Distribution and causation of leprosy in British India
Year: 1875
Disease focus: Leprosy
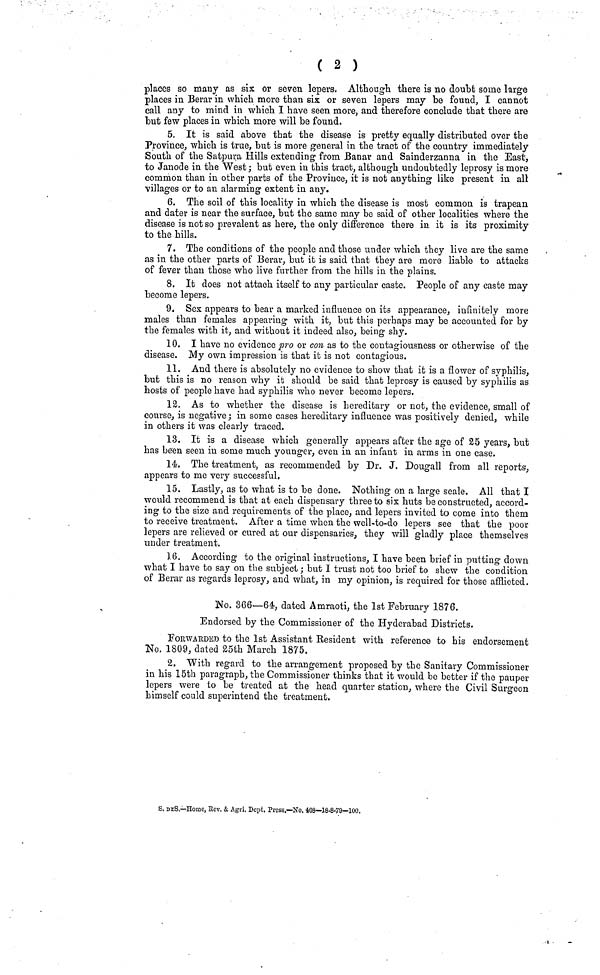
( 2 )
places so many as six or seven lepers. Although, there is no doubt some large
places in Berar in which more than six or seven lepers may be found, I cannot
call any to mind in which I have seen more, and therefore conclude that there are
but few places in which more will be found.
5. It is said above that the disease is pretty equally distributed over the
Province, "which is true, but is more general in the tract of the country immediately
Souta of the Satpura Hills extending from Banar and Sainderzanna in the East,
to Janode in the West; but even in this tract, although undoubtedly leprosy is more
common than in other parts of the Province, it is not anything like present in all
villages or to an alarming extent in any.
6. The soil of this locality in which the disease is most common is trapean
and dater is near the surface, but the same may be said of other localities where the
disease is not so prevalent as here, the only difference there in it is its proximity
to the hills.
7. The conditions of the people and those under which they live are the same
as in the other parts of Berar, but it is said that they are more liable to attacks
of fever than those who live further from the hills in the plains.
8. It does not attach itself to any particular caste. People of any caste may
become lepers.
9. Sex appears to bear a marked influence on its appearance, infinitely more
males than females appearing with it, but this perhaps may be accounted for by
the females with it, and without it indeed also, being shy.
10. I have no evidence pro or con as to the contagiousness or otherwise of the
disease. My own impression is that it is not contagious.
11. And there is absolutely no evidence to show that it is a flower of syphilis,
but this is no reason why it should be said that leprosy is caused by syphilis as
hosts of people have had syphilis who never become lepers.
12. As to whether the disease is hereditary or not, the evidence, small of
course, is negative ; in some cases hereditary influence was positively denied, while
in others it was clearly traced.
13. It is a disease which generally appears after the age of 25 years, but
has been seen in some much younger, even in an infant in arms in one case.
14. The treatment, as recommended by Dr. J. Dougall from all reports,
appears to me very successful,
15. Lastly, as to what is to be done. Nothing on a large scale. All that I
would recommend is that at each dispensary three to six huts be constructed, accord-
ing to the size and requirements of the place, and lepers invited to come into them
to receive treatment. After a time when the well-to-do lepers see that the poor
lepers are relieved or cured at our dispensaries, they will gladly place themselves
under treatment.
36. According to the original instructions, I have been brief in putting down
what I have to say on the subject ; but I trust not too brief to shew the condition
of Berar as regards leprosy, and what, in niy opinion, is required for those afflicted.
IMo. 366—64, dated Amraoti, the 1st February 1876.
Endorsed by the Commissioner of the Hyderabad Districts.
FOIVWAEDED to the 1st Assistant Resident with reference to his endorsement
No, 1809, dated 25th March 1875.
2. With regard to the arrangement proposed by the Sanitary Commissioner
in his 15th paragraph, the Commissioner thinks that it would be better if the pauper
lepers were to be treated at the head quarter station, where the Civil Surgeon
himself could superintend the treatment.